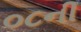
૦૮ની